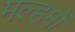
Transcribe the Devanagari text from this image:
मल्हमों